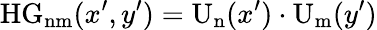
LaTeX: \mathrm{HG_{nm}}(x^{\prime},y^{\prime})=\mathrm{U_{n}}(x^{\prime})\cdot\mathrm{U_{m}}(y^{\prime})